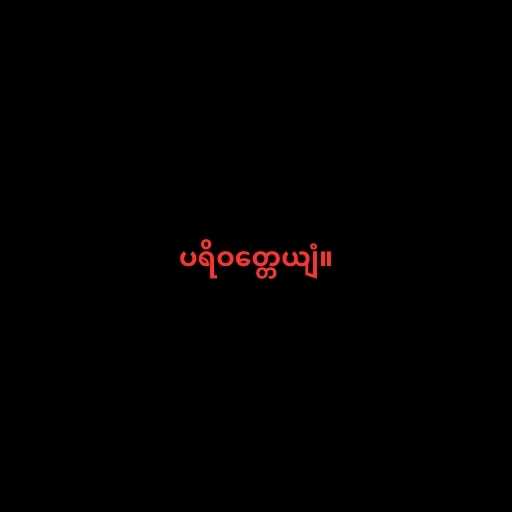
ပရိဝတ္တေယျံ။